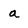
Character: a